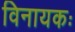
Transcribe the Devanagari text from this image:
विनायकः